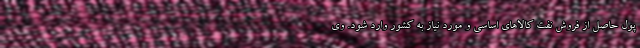
پول حاصل از فروش نفت کالاهای اساسی و مورد نیاز به کشور وارد شود. وی